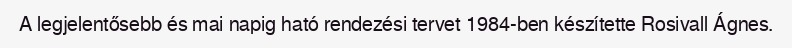
A legjelentősebb és mai napig ható rendezési tervet 1984-ben készítette Rosivall Ágnes.